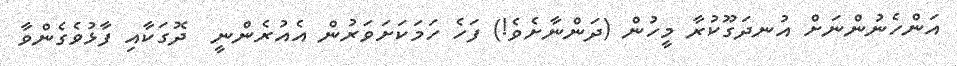
އަންހެނުންނަށް އުނދަގޫކުރާ މީހުން (ދަންނާށެވެ!) ފަހެ ހަމަކަށަވަރުން އެއުރެންނީ  ދޮގަކާއި ފާޅުވެގެންވާ